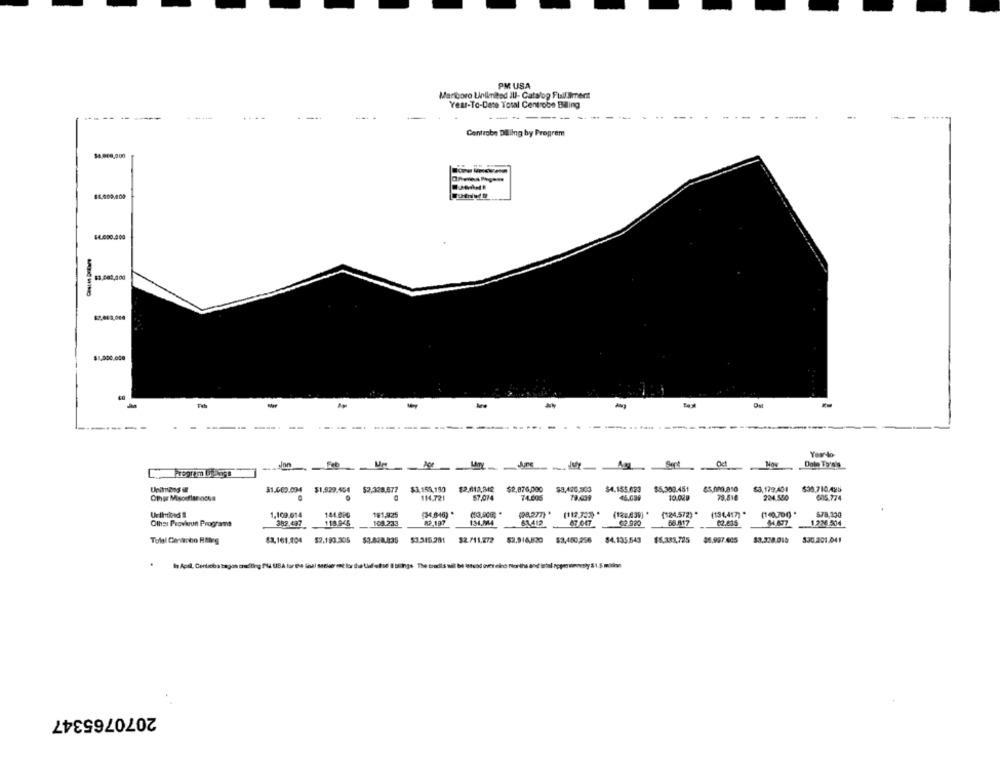
PM USA
Marigoro Linlimited Ill- Catalog Full Nimert
Yes-To-Date Total Centrobe Baling
------
Centrobe Dilling by Program
14.050.000
-
------...... .----
Your-40
Feb
AM
Oct
No
Dolo To'n's
Unitmang ur
51.669.094
$1,929.454
52,328.877
$3.159,190
$2,613,842
$2,876,000
$8,426.800
$4.155.623
$5.308.451
$3,179,401
535,710.425
114.721
57,074
74.005
10.02
79.818
224.500
605.774
(140,70€) *
1.109.614
181,925
(34,6-46) *
(98,277) *
(112.733) *
(124.039] *
(124,572) *
(194,417) *
578,330
Other Provierun Programma
382.497
118.945
109.233
82.197
134.744
61.412
07.047
62.920
56.817
1234.504
$1,161.404 $2.183.305 $3.628.035 $3.345.281
92./11,272
$2,918.820
$3,480,256
$4.135.543 $5.333,725
$5.987.005
53.328.016
330.201.041
Is Apil, Cenbioba bagon trading Pl USA for the final sarkser ent lor the Ufofue I blings The tradils wil be istood over eno forths and ital nopro winnesly 51.5 milion
2070765347